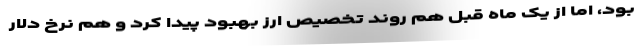
بود، اما از یک ماه قبل هم روند تخصیص ارز بهبود پیدا کرد و هم نرخ دلار